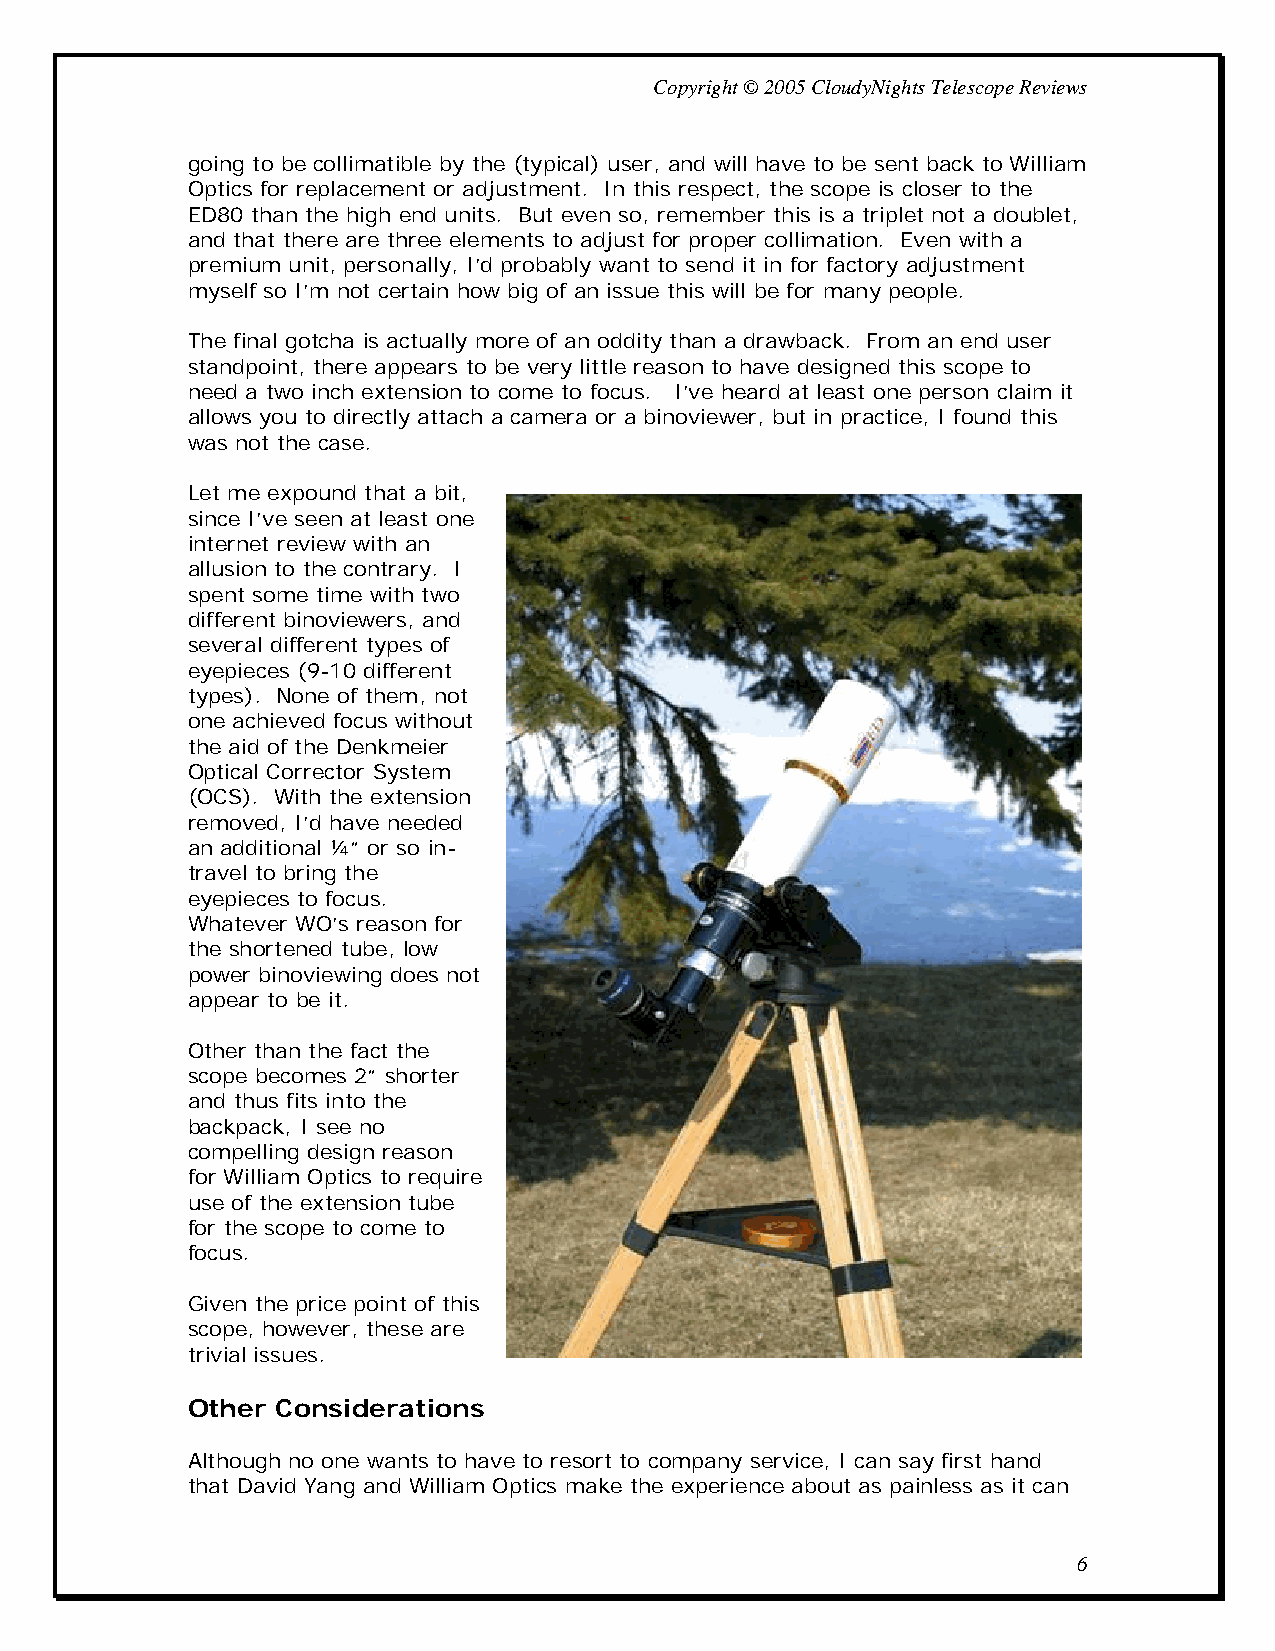
Copyright © 2005 CloudyNights Telescope Reviews
 going to be collimatible by the (typical) user, and will have to be sent back to William
 Optics for replacement or adjustment. In this respect, the scope is closer to the
 ED80 than the high end units. But even so, remember this is a triplet not a doublet,
 and that there are three elements to adjust for proper collimation. Even with a
 premium unit, personally, I’d probably want to send it in for factory adjustment
 myself so I’m not certain how big of an issue this will be for many people.
 The final gotcha is actually more of an oddity than a drawback. From an end user
 standpoint, there appears to be very little reason to have designed this scope to
 need a two inch extension to come to focus. I’ve heard at least one person claim it
 allows you to directly attach a camera or a binoviewer, but in practice, I found this
 was not the case.
 Let me expound that a bit,
 since I’ve seen at least one
 internet review with an
 allusion to the contrary. I
 spent some time with two
 different binoviewers, and
 several different types of
 eyepieces (9-10 different
 types). None of them, not
 one achieved focus without
 the aid of the Denkmeier
 Optical Corrector System
 (OCS). With the extension
 removed, I’d have needed
 an additional ¼” or so in-
 travel to bring the
 eyepieces to focus.
 Whatever WO’s reason for
 the shortened tube, low
 power binoviewing does not
 appear to be it.
 Other than the fact the
 scope becomes 2” shorter
 and thus fits into the
 backpack, I see no
 compelling design reason
 for William Optics to require
 use of the extension tube
 for the scope to come to
 focus.
 Given the price point of this
 scope, however, these are
 trivial issues.
 Other Considerations
 Although no one wants to have to resort to company service, I can say first hand
 that David Yang and William Optics make the experience about as painless as it can
 6